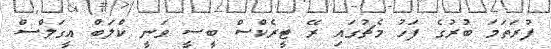
ފުރަތަމަ ބުރުގެ ފަހު މެޗުގައި ރޭ ޓީރެކްސް ބީސީ ވަނީ ކްލަބް އީގަލްސް